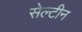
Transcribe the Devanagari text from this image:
सेल्टीन